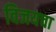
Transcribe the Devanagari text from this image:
विजयचा